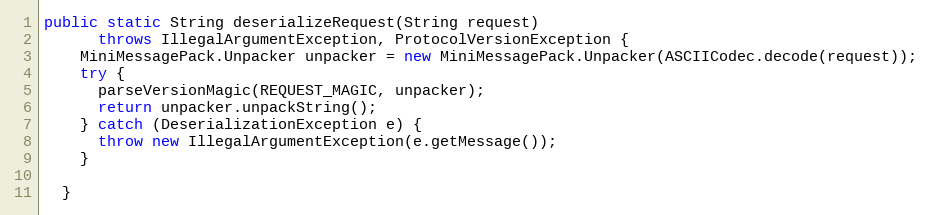
Language: Java
public static String deserializeRequest(String request)
      throws IllegalArgumentException, ProtocolVersionException {
    MiniMessagePack.Unpacker unpacker = new MiniMessagePack.Unpacker(ASCIICodec.decode(request));
    try {
      parseVersionMagic(REQUEST_MAGIC, unpacker);
      return unpacker.unpackString();
    } catch (DeserializationException e) {
      throw new IllegalArgumentException(e.getMessage());
    }

  }